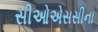
સીઓએસસીના